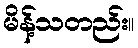
မိန့်သတည်း။